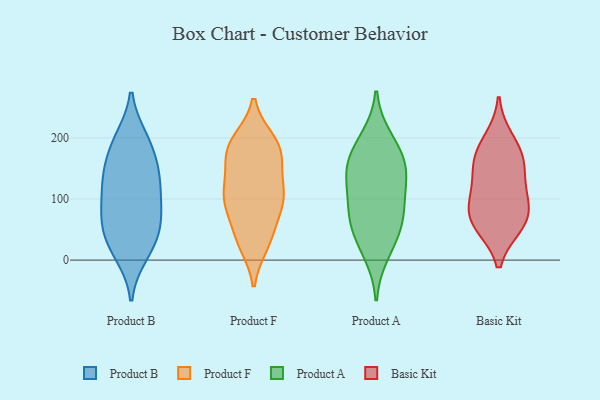
{"axis": {"x": "Waste Production (Tons)", "y": "Value"}, "legend": ["Basic Kit", "Product A", "Product B", "Product F"], "data": [{"x": "", "y": 153, "type": "Product B"}, {"x": "", "y": 61, "type": "Product B"}, {"x": "", "y": 18, "type": "Product B"}, {"x": "", "y": 126, "type": "Product B"}, {"x": "", "y": 184, "type": "Product B"}, {"x": "", "y": 112, "type": "Product B"}, {"x": "", "y": 10, "type": "Product B"}, {"x": "", "y": 198, "type": "Product B"}, {"x": "", "y": 90, "type": "Product B"}, {"x": "", "y": 139, "type": "Product B"}, {"x": "", "y": 140, "type": "Product B"}, {"x": "", "y": 197, "type": "Product B"}, {"x": "", "y": 28, "type": "Product B"}, {"x": "", "y": 53, "type": "Product B"}, {"x": "", "y": 81, "type": "Product B"}, {"x": "", "y": 60, "type": "Product B"}, {"x": "", "y": 146, "type": "Product F"}, {"x": "", "y": 110, "type": "Product F"}, {"x": "", "y": 32, "type": "Product F"}, {"x": "", "y": 94, "type": "Product F"}, {"x": "", "y": 173, "type": "Product F"}, {"x": "", "y": 177, "type": "Product F"}, {"x": "", "y": 105, "type": "Product F"}, {"x": "", "y": 195, "type": "Product F"}, {"x": "", "y": 105, "type": "Product F"}, {"x": "", "y": 135, "type": "Product F"}, {"x": "", "y": 176, "type": "Product F"}, {"x": "", "y": 26, "type": "Product F"}, {"x": "", "y": 191, "type": "Product F"}, {"x": "", "y": 32, "type": "Product F"}, {"x": "", "y": 57, "type": "Product F"}, {"x": "", "y": 192, "type": "Product F"}, {"x": "", "y": 92, "type": "Product F"}, {"x": "", "y": 93, "type": "Product F"}, {"x": "", "y": 199, "type": "Product A"}, {"x": "", "y": 183, "type": "Product A"}, {"x": "", "y": 127, "type": "Product A"}, {"x": "", "y": 150, "type": "Product A"}, {"x": "", "y": 54, "type": "Product A"}, {"x": "", "y": 39, "type": "Product A"}, {"x": "", "y": 102, "type": "Product A"}, {"x": "", "y": 75, "type": "Product A"}, {"x": "", "y": 11, "type": "Product A"}, {"x": "", "y": 155, "type": "Product A"}, {"x": "", "y": 78, "type": "Product A"}, {"x": "", "y": 149, "type": "Product A"}, {"x": "", "y": 117, "type": "Basic Kit"}, {"x": "", "y": 167, "type": "Basic Kit"}, {"x": "", "y": 89, "type": "Basic Kit"}, {"x": "", "y": 59, "type": "Basic Kit"}, {"x": "", "y": 198, "type": "Basic Kit"}, {"x": "", "y": 63, "type": "Basic Kit"}, {"x": "", "y": 151, "type": "Basic Kit"}, {"x": "", "y": 99, "type": "Basic Kit"}, {"x": "", "y": 57, "type": "Basic Kit"}, {"x": "", "y": 167, "type": "Basic Kit"}]}